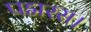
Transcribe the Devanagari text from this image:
पद्मरस।